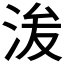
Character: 𱦘